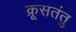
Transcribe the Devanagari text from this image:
क्रूसतंतु